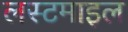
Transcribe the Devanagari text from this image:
लस्टमाइल